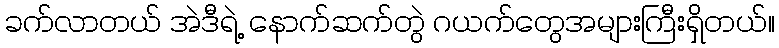
ခက်လာတယ် အဲဒီရဲ့ နောက်ဆက်တွဲ ဂယက်တွေအများကြီးရှိတယ်။